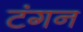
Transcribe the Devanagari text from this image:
टंगन